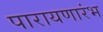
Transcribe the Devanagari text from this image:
पारायणारंभ